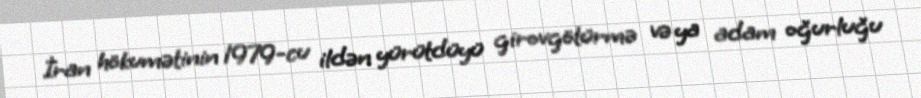
İran hökumətinin 1979-cu ildən yürütdüyü girovgötürmə və ya adam oğurluğu